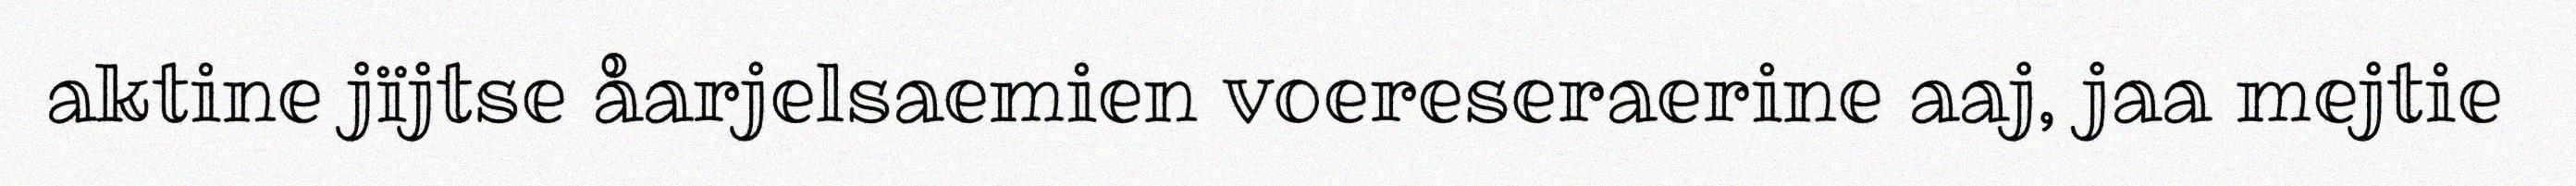
aktine jïjtse åarjelsaemien voereseraerine aaj, jaa mejtie